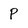
Character: p